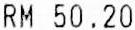
RM 50.20